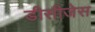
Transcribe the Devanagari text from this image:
डीसीजेस